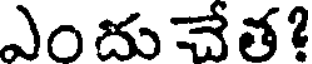
ఎందుచేత?